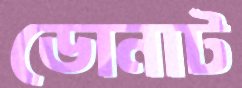
ডোনাট